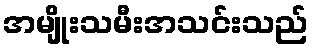
အမျိုးသမီးအသင်းသည်